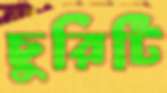
চুরিটি